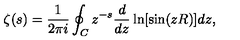
\zeta ( s ) = \frac { 1 } { 2 \pi i } \oint _ { C } z ^ { - s } \frac { d } { d z } \ln [ \sin ( z R ) ] d z { , }